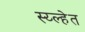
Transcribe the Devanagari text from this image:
स्य्ल्हेत